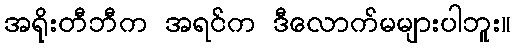
အရိုးတီဘီက အရင်က ဒီလောက်မများပါဘူး။